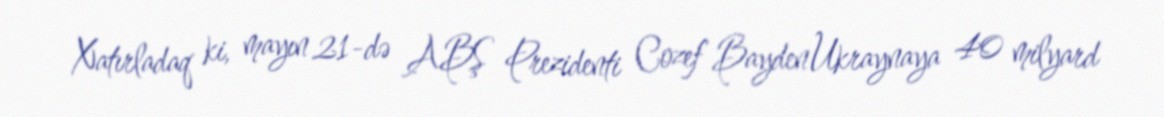
Xatırladaq ki, mayın 21-də ABŞ Prezidenti Cozef Bayden Ukraynaya 40 milyard